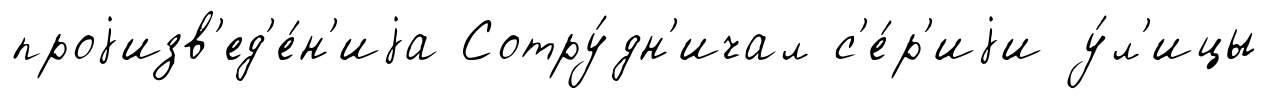
проjизв'ед'е́н'иjа Сотру́дн'ичал с'е́р'иjи у́л'ицы